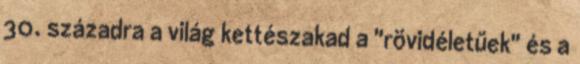
30. századra a világ kettészakad a "rövidéletűek" és a